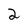
Character: 2